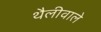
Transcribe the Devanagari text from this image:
थैलीवाले